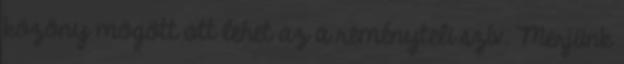
közöny mögött ott lehet az a reményteli szív. Merjünk